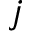
j